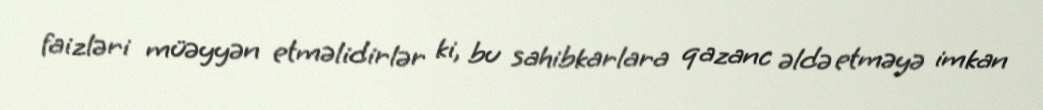
faizləri müəyyən etməlidirlər ki, bu sahibkarlara qazanc əldə etməyə imkan